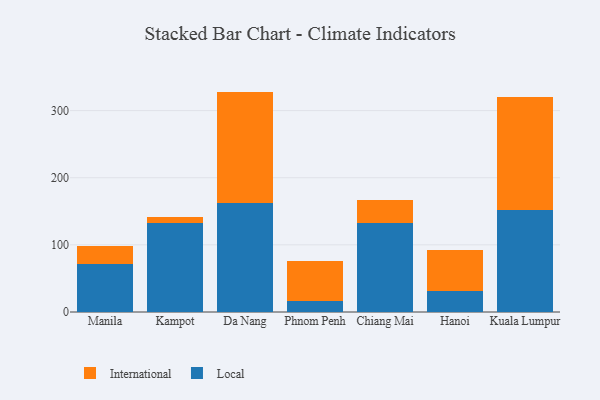
{"axis": {"x": "City", "y": "Population (Million)"}, "legend": ["International", "Local"], "data": [{"x": "Manila", "y": 70.9, "type": "Local"}, {"x": "Manila", "y": 27.4, "type": "International"}, {"x": "Kampot", "y": 132.6, "type": "Local"}, {"x": "Kampot", "y": 9.1, "type": "International"}, {"x": "Da Nang", "y": 162.7, "type": "Local"}, {"x": "Da Nang", "y": 165.6, "type": "International"}, {"x": "Phnom Penh", "y": 16.0, "type": "Local"}, {"x": "Phnom Penh", "y": 59.8, "type": "International"}, {"x": "Chiang Mai", "y": 132.6, "type": "Local"}, {"x": "Chiang Mai", "y": 33.8, "type": "International"}, {"x": "Hanoi", "y": 31.8, "type": "Local"}, {"x": "Hanoi", "y": 60.2, "type": "International"}, {"x": "Kuala Lumpur", "y": 152.4, "type": "Local"}, {"x": "Kuala Lumpur", "y": 168.0, "type": "International"}]}